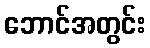
ဘောင်အတွင်း